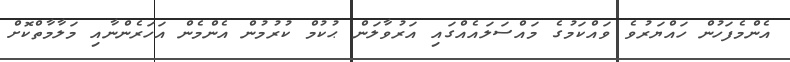
އެންމެފަހުން ހައްޔަރުވެ ވައްކަމުގެ މައްސަލައެއްގައި އަރުވާލަން ޙުކުމް ކުރުމުން އެންމެން އަހަރެންނާއި މަލާމާތްކޮށް